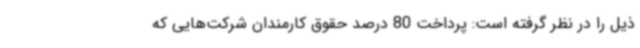
ذیل را در نظر گرفته است: پرداخت 80 درصد حقوق کارمندان شرکت‌هایی که